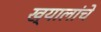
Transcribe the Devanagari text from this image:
ख्यालांचे